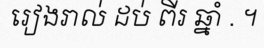
រៀងរាល់ ដប់ ពីរ ឆ្នាំ . ។